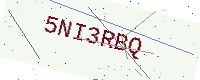
Text: 5NI3RBQ